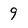
Character: 9